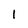
Character: 1